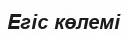
Егіс көлемі